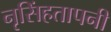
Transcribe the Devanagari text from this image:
नृसिंहतापनी